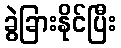
ခွဲခြားနိုင်ပြီး